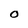
Character: 0